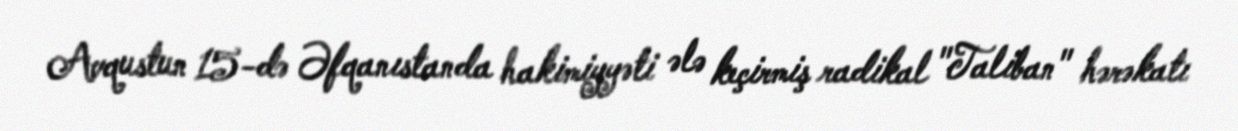
Avqustun 15-də Əfqanıstanda hakimiyyəti ələ keçirmiş radikal "Taliban" hərəkatı